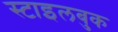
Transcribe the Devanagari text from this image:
स्टाइलबुक